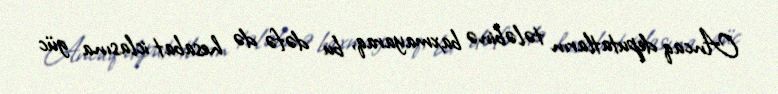
Ancaq deputatların tələbinə baxmayaraq, bu dəfə də hesabat iclasına güc